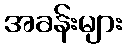
အခန်းများ